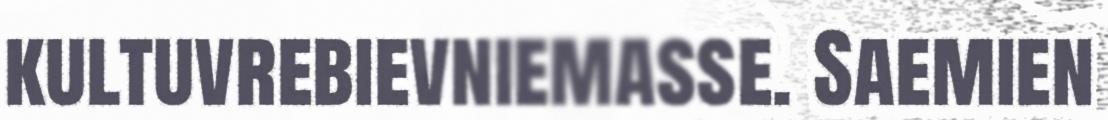
kultuvrebievniemasse. Saemien